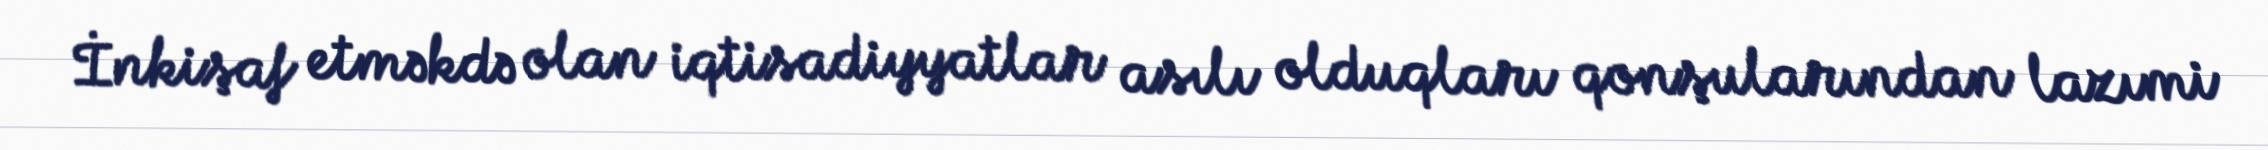
İnkişaf etməkdə olan iqtisadiyyatlar asılı olduqları qonşularından lazımi